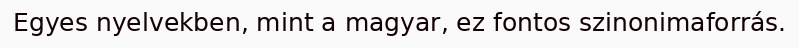
Egyes nyelvekben, mint a magyar, ez fontos szinonimaforrás.